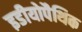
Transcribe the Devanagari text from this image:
इडीयोपैथिक